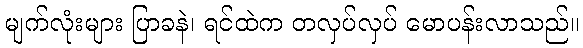
မျက်လုံးများ ပြာခနဲ၊ ရင်ထဲက တလှပ်လှပ် မောပန်းလာသည်။